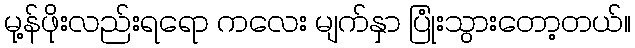
မု့န်ဖိုးလည်းရရော ကလေး မျက်နှာ ပြုံးသွားတော့တယ်။